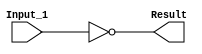
/******************************************************************************
 ** Logisim goes FPGA automatic generated Verilog code                       **
 **                                                                          **
 ** Component : NOT_GATE                                                     **
 **                                                                          **
 ******************************************************************************/

`timescale 1ns/1ps
module NOT_GATE( Input_1,
                 Result);

   /***************************************************************************
    ** Here the inputs are defined                                           **
    ***************************************************************************/
   input  Input_1;

   /***************************************************************************
    ** Here the outputs are defined                                          **
    ***************************************************************************/
   output Result;

   /***************************************************************************
    ** Here the functionality is defined                                     **
    ***************************************************************************/
   assign Result = ~(Input_1);


endmodule